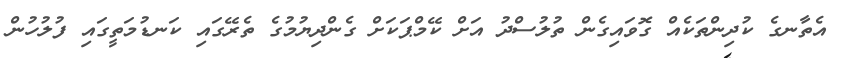
އެތާނގެ ކުދިންތަކެއް ގޮވައިގެން ތުލުސްދު އަށް ކޭމްޕަކަށް ގެންދިޔުމުގެ ތެރޭގައި ކަނޑުމަތީގައި ފުލުހުން